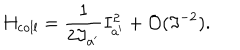
LaTeX: H _ { \mathrm { c o l l } } = \frac { 1 } { 2 \Im _ { a ^ { \prime } } } I _ { a ^ { \prime } } ^ { 2 } + { \cal O } ( \Im ^ { - 2 } ) .